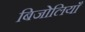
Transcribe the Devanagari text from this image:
बिजोलियाँ